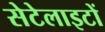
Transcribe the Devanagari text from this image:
सेटेलाइटों